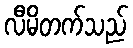
လီမိတက်သည်